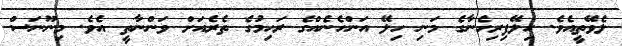
ލެވޭތީއެވެ. ހިލޭފިރިހެނާގެ މަނި ހިލޭ އަންހެނެއްގެ ރަހިމުގެ ތެރެއަށް ވަންނާތީ އެވެ. މިނޫނަސް